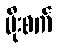
မိုးစက်